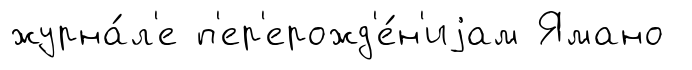
журна́л'е п'ер'ерожд'е́н'иjам Ямано